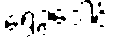
ရွှေဥဒေါင်း